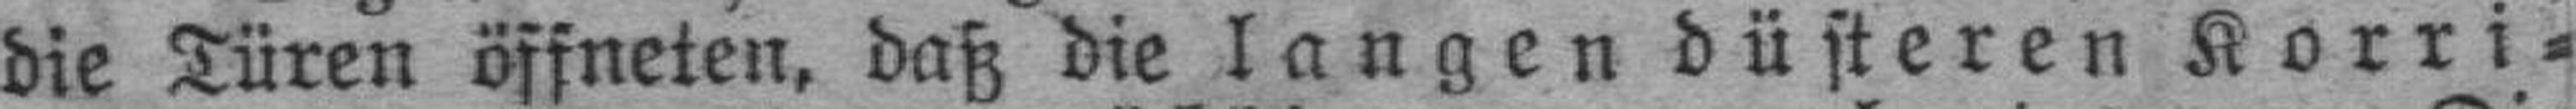
die Türen öffneten, daß die langen düsteren Korri¬